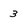
Character: 3